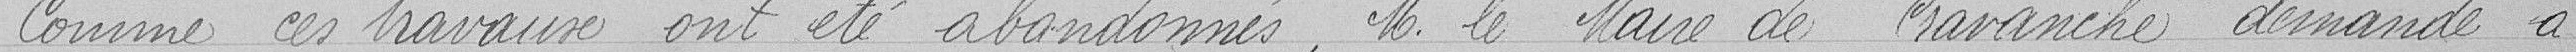
Comme ces travaux ont été abandonnés, M. le Maire de Cravanche demande à